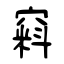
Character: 窲